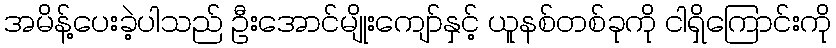
အမိန့်ပေးခဲ့ပါသည် ဦးအောင်မျိုးကျော်နှင့် ယူနစ်တစ်ခုကို ငါရှိကြောင်းကို